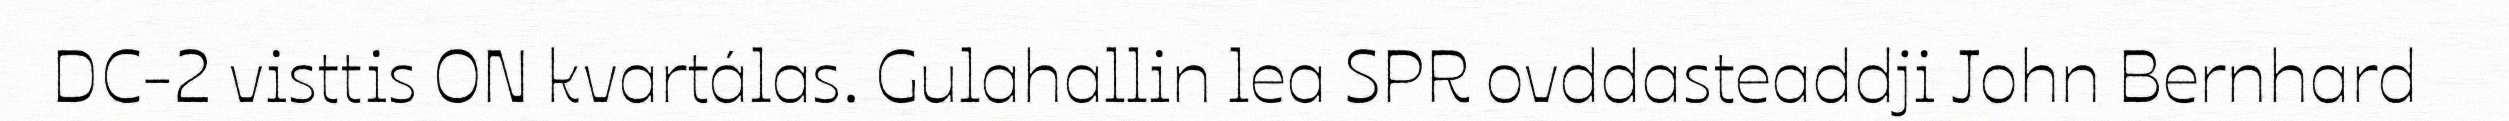
DC-2 visttis ON kvartálas. Gulahallin lea SPR ovddasteaddji John Bernhard